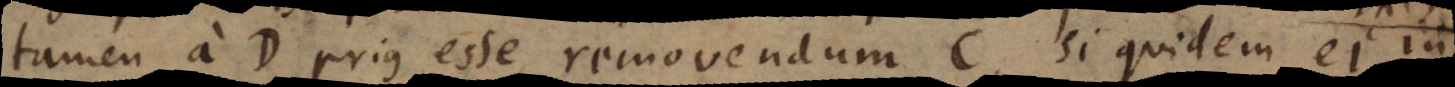
tamen a D prius esse removendum C, si quidem ei